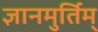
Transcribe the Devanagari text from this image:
ज्ञानमुर्तिम्‌